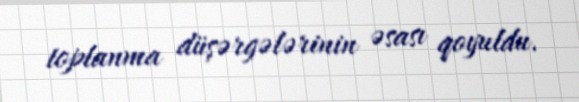
toplanma düşərgələrinin əsası qoyuldu.